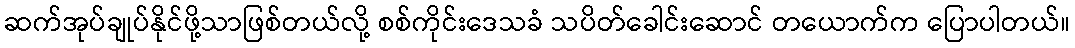
ဆက်အုပ်ချုပ်နိုင်ဖို့သာဖြစ်တယ်လို့ စစ်ကိုင်းဒေသခံ သပိတ်ခေါင်းဆောင် တယောက်က ပြောပါတယ်။